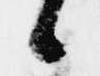
候